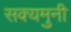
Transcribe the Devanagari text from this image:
सक्यमुनी